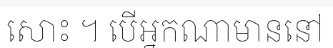
សោះ ។ បើអ្នកណាមាននៅ